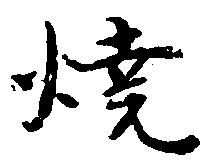
焼